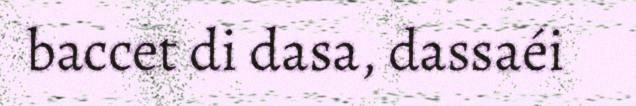
baccet di dasa, dassaéi